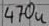
Text: 470u